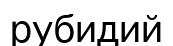
рубидий